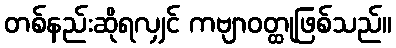
တစ်နည်းဆိုရလျှင် ကဗျာဝတ္ထုဖြစ်သည်။